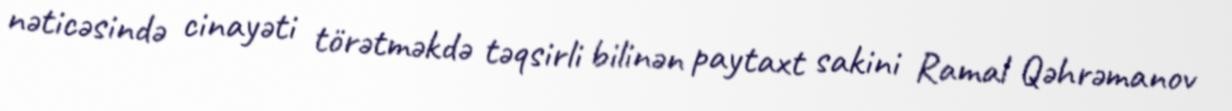
nəticəsində cinayəti törətməkdə təqsirli bilinən paytaxt sakini Ramal Qəhrəmanov